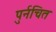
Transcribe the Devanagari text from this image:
पुर्नचित